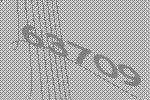
63709